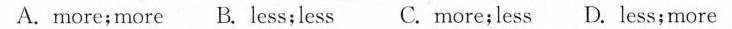
A. more; more B. less; less C.more; less D. less; more